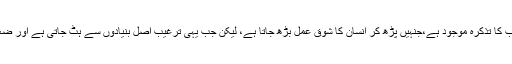
بے شمار آیات قرآنیہ اور احادیث صحیحہ میں اعمال صالحہ کی جزاء اور ثواب کا تذکرہ موجود ہے،جنہیں پڑھ کر انسان کا شوق عمل بڑھ جاتا ہے، لیکن جب یہی ترغیب اصل بنیادوں سے ہٹ جاتی ہے اور ضعیف روایات کو پیش کیا جاتا ہے تو بہت ساری قباحتوں کا شکار ہو جاتی ہے۔